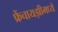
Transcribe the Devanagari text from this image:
फ्रेंचायझीमध्ये